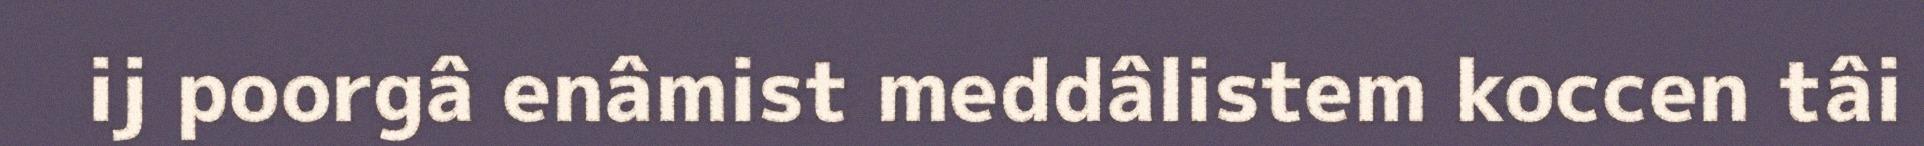
ij poorgâ enâmist meddâlistem koccen tâi